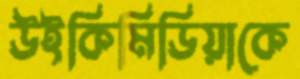
উইকিমিডিয়াকে